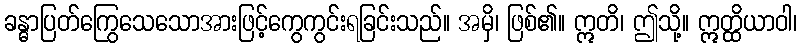
ခန္ဓာပြတ်ကြွေသေသောအားဖြင့်ကွေကွင်းရခြင်းသည်။ အမှိ၊ ဖြစ်၏။ ဣတိ၊ ဤသို့။ ဣတ္ထိယာဝါ၊